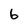
Character: 6